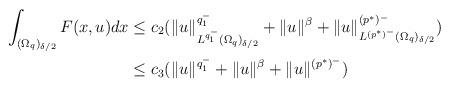
LaTeX: \begin{align*}\int_{(\Omega_{q})_{\delta/2}}F(x,u)dx&\leq c_{2}(\|u\|_{L^{q_{1}^{-}}(\Omega_{q})_{\delta/2}}^{q_{1}^{-}}+\|u\|^{\beta}+\|u\|_{L^{(p^{*})^{-}}(\Omega_{q})_{\delta/2}}^{(p^{*})^{-}})\\&\leq c_{3}(\|u\|^{q_{1}^{-}}+\|u\|^{\beta}+\|u\|^{(p^{*})^{-}})\end{align*}